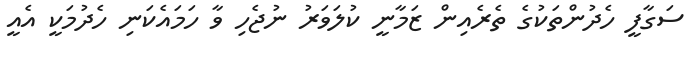
ސަގާފީ ހެދުންތަކުގެ ތެރެއިން ޒަމާނީ ކުލަވަރު ނުޖެހި ވާ ހަމައެކަނި ހެދުމަކީ އެއީ